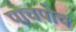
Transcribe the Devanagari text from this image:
पाचपोच